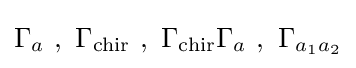
\Gamma _{a}~,~\Gamma _{\text{chir}}~,~\Gamma _{\text{chir}}\Gamma _{a}~,~\Gamma _{a_{1}a_{2}}